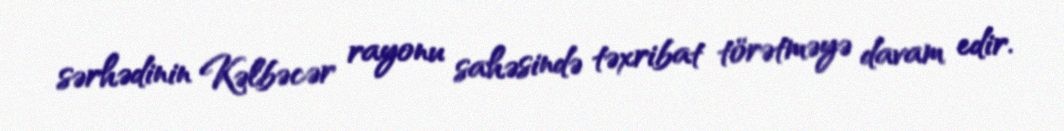
sərhədinin Kəlbəcər rayonu sahəsində təxribat törətməyə davam edir.